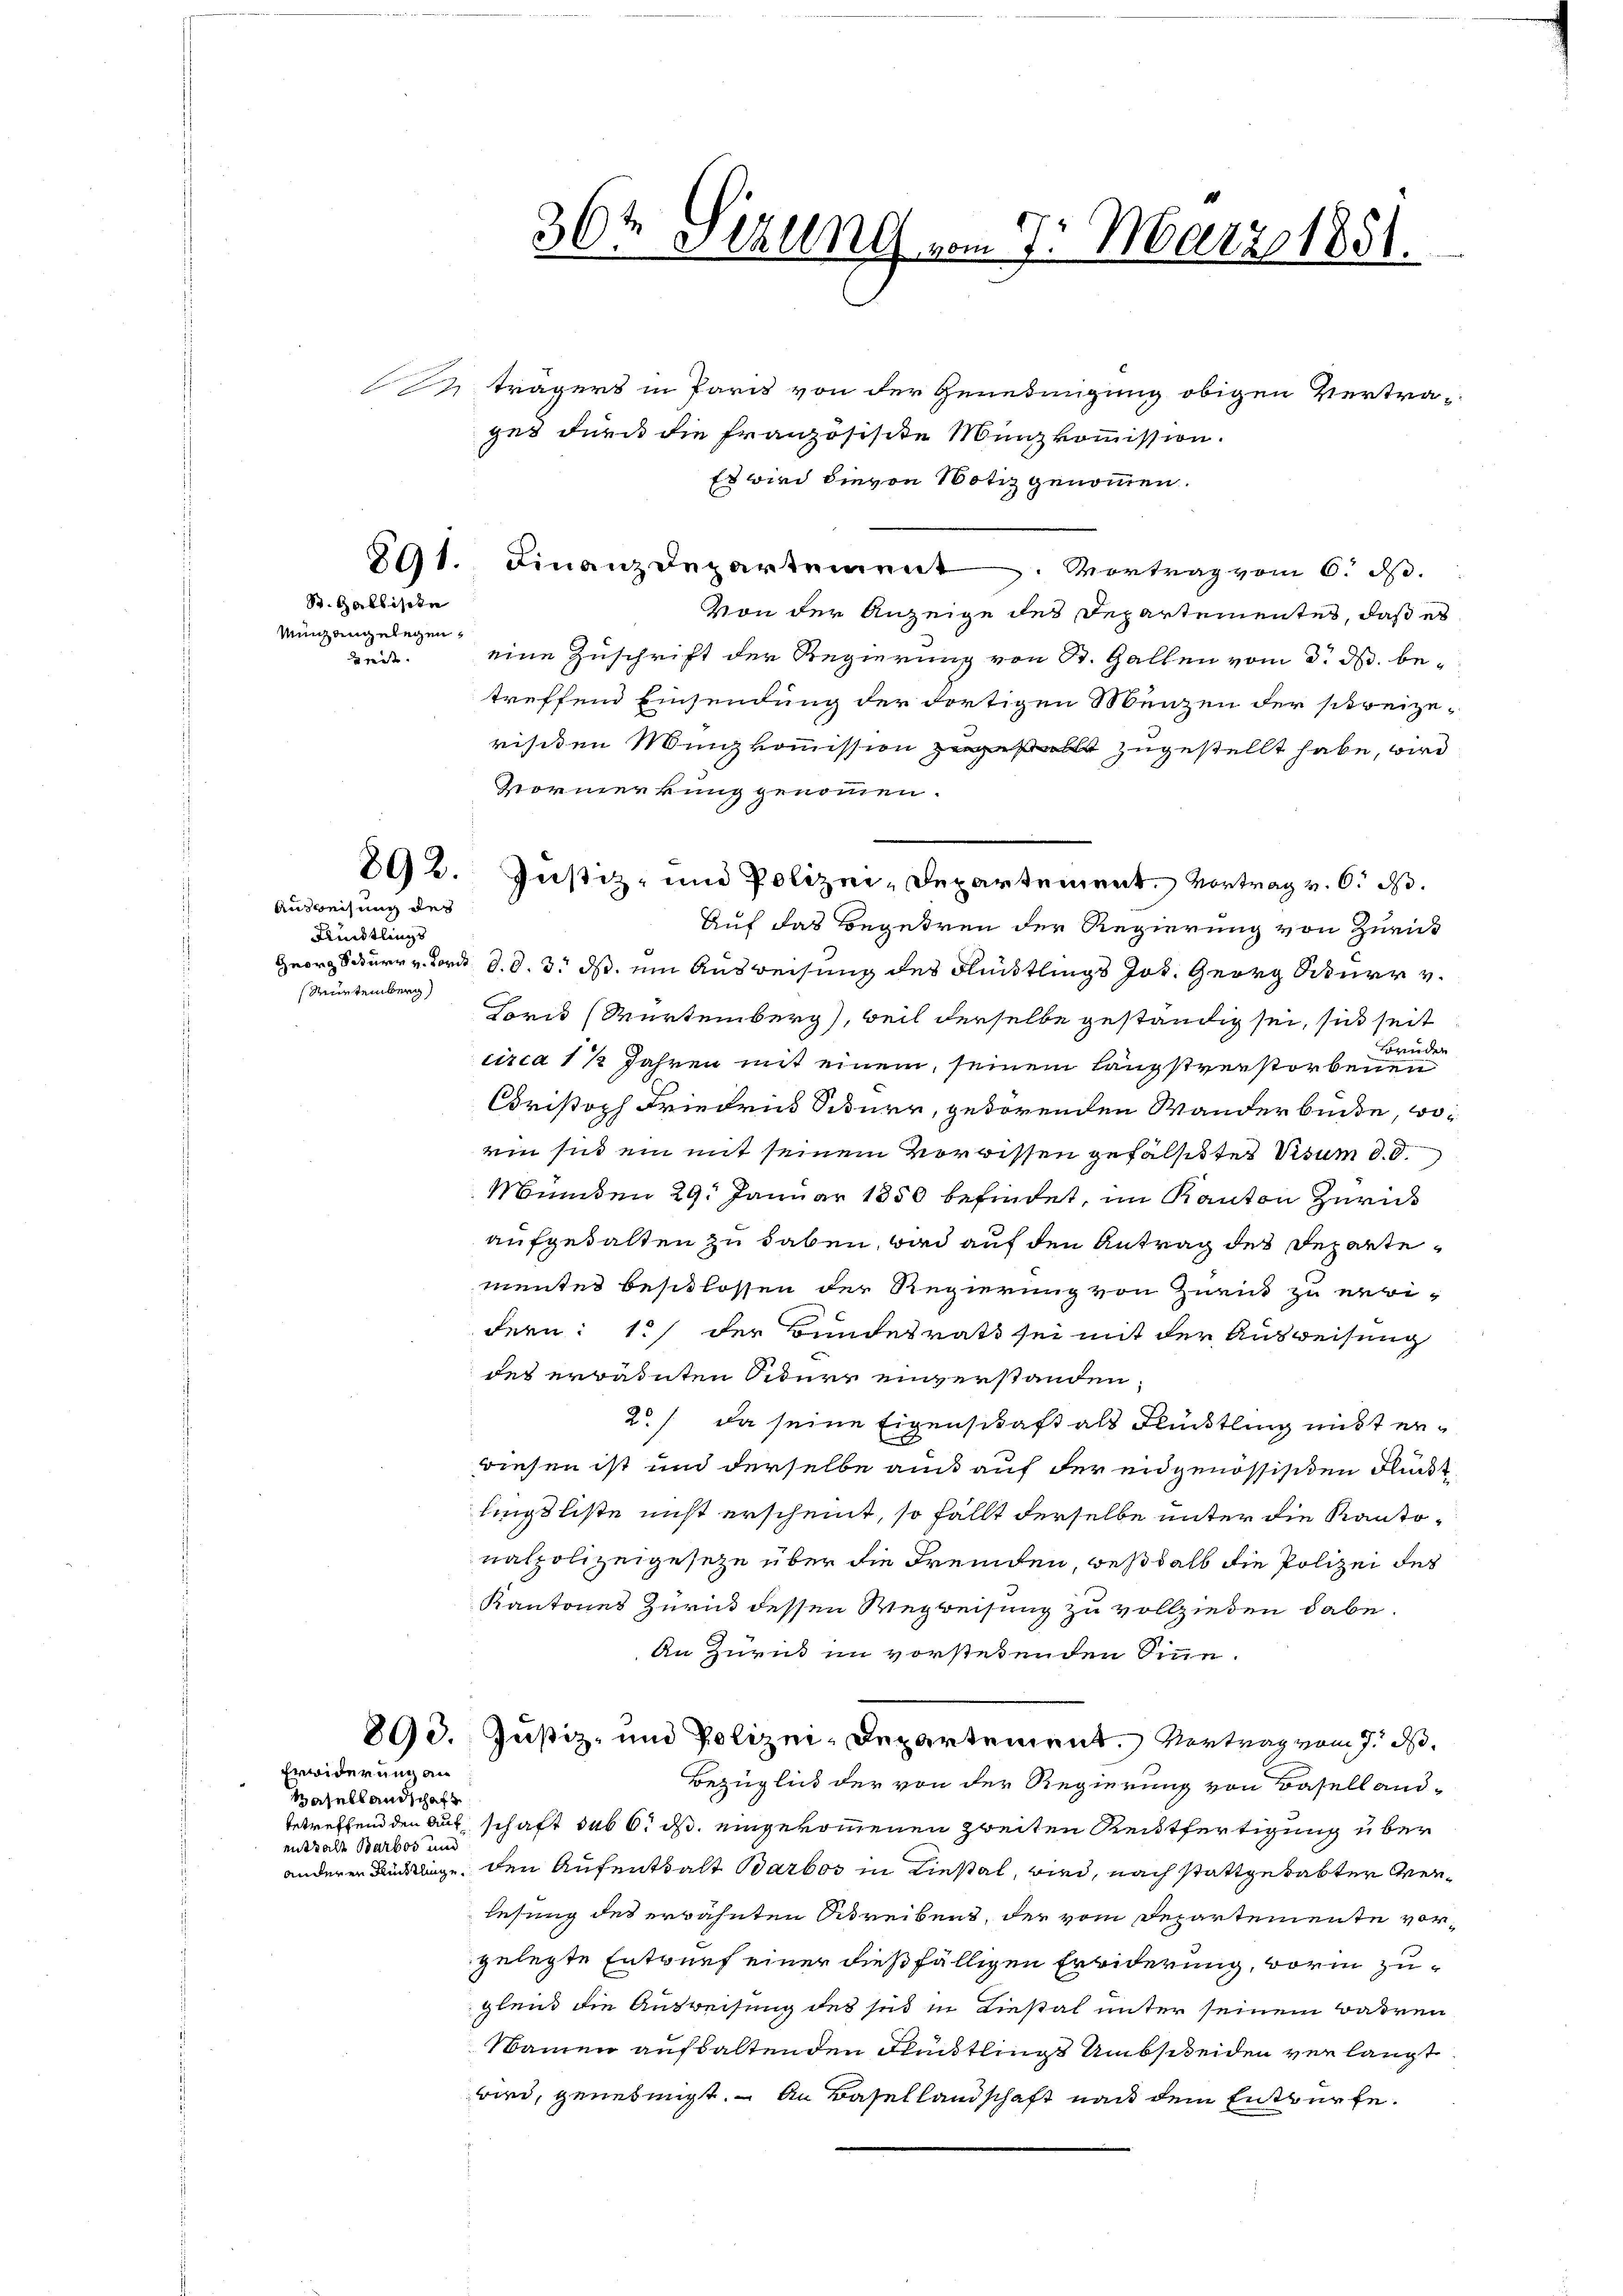
St. Galliste
Munz angelegen,
Zeit.

Ausweisung des
Fnndtlings
Rürtemberg

trägers in Paris von der Genedingung obigen Vertrages durch die franzosisite Münzkommission.
Es wird dievon Notiz genommen.
891. Finanzdepartement. Vortrag vom 6. d.
von der Anzeige des Departementes, daß es
eine Zuschrift der Regierung von St. Gallen vom 3. d. betreffend Einsendung der dortigen Menzen der streizerisiden Minkommission gestellt zugestellt habe, wird
Vormerkung genommen.
Auf das Begehren der Regierung von Zürick
Georg Schurr v. Bord d. d. 3. ds. ein Ausweisung des Flüchtlings Jos. Georg Siturr v.
Loris Würtemberg), weil derselbe geständig sei, sich seit
Bruden
circa 1 ½ Jahren mit einem seinem Längstverstorbenen
Cristoph Friedris Siturer, getörenden Wanderbunde, woein sich ein mit seinem Vorwissen gefallettes Visum d. d.
Münden 29. Januar 1850 befindet, im Kanton Zürich
aufgehalten zu haben, und auf den Antrag des Departementes beschlossen der Regierung von Zurick zu erwidern: 1) der Bundesrath sei mit der Ausweisung
des erredeten Siture einverstanden
2./ da seine Eigenschaft als Flüchtling nicht erwiesen ist und derselbe aus auf der eidgenössisiden Flusst
lingsliste nicht erscheint, so fällt derselbe unter die Kantonalpolizeigeseze über die Fremden, weßhalb die Polizei des
Kantones Zurück dessen Wegweisung zu vollziehen habe.
An Zurück im vorstehenden Sinne.
890. Justiz- und Polizei-Departement. Vertrag vom 7. d.
Bezüglich der von der Regierung von Basellandbetrechend den auf schaft das 6. ds eingekommenen zweiten Reistfertigung über
anderer Bürdige, den Aufenthalt Barbos in Liestal, wird, nach stattgehabter Verlesung des erwähnten Schreibens, der vom Departemente vorgelegte Entwurf einer dießfälligen Freiderung, worin zugleich die Ausweisung des sie in Liestal unter seinem Bahren
Namen aufhaltenden Flüchtlings Umbscheiden verlangt
wird, genehmigt. – An Basellandschaft nach dem Entwürfe.

Erwiderung an

i
Basellandschaft
enthalte Barbos und

36t Sizung vom 7. März 1851.

892. Justiz- und Polizei-Departement. Vortrag v. 6. d.